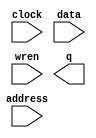
// This program was cloned from: https://github.com/furrtek/Neogeo_MiSTer_old
// License: GNU General Public License v2.0

// megafunction wizard: %RAM: 1-PORT%VBB%
// GENERATION: STANDARD
// VERSION: WM1.0
// MODULE: altsyncram 

// ============================================================
// Megafunction Name(s):
// 			altsyncram
//
// Simulation Library Files(s):
// 			altera_mf
// ============================================================
// ************************************************************
// THIS IS A WIZARD-GENERATED FILE. DO NOT EDIT THIS FILE!
//
// 18.1.0 Build 625 09/12/2018 SJ Lite Edition
// ************************************************************

//Copyright (C) 2018  Intel Corporation. All rights reserved.
//Your use of Intel Corporation's design tools, logic functions 
//and other software and tools, and its AMPP partner logic 
//functions, and any output files from any of the foregoing 
//(including device programming or simulation files), and any 
//associated documentation or information are expressly subject 
//to the terms and conditions of the Intel Program License 
//Subscription Agreement, the Intel Quartus Prime License Agreement,
//the Intel FPGA IP License Agreement, or other applicable license
//agreement, including, without limitation, that your use is for
//the sole purpose of programming logic devices manufactured by
//Intel and sold by Intel or its authorized distributors.  Please
//refer to the applicable agreement for further details.

module backup_ram (
	address,
	clock,
	data,
	wren,
	q);

	input	[14:0]  address;
	input	  clock;
	input	[7:0]  data;
	input	  wren;
	output	[7:0]  q;
`ifndef ALTERA_RESERVED_QIS
// synopsys translate_off
`endif
	tri1	  clock;
`ifndef ALTERA_RESERVED_QIS
// synopsys translate_on
`endif

endmodule

// ============================================================
// CNX file retrieval info
// ============================================================
// Retrieval info: PRIVATE: ADDRESSSTALL_A NUMERIC "0"
// Retrieval info: PRIVATE: AclrAddr NUMERIC "0"
// Retrieval info: PRIVATE: AclrByte NUMERIC "0"
// Retrieval info: PRIVATE: AclrData NUMERIC "0"
// Retrieval info: PRIVATE: AclrOutput NUMERIC "0"
// Retrieval info: PRIVATE: BYTE_ENABLE NUMERIC "0"
// Retrieval info: PRIVATE: BYTE_SIZE NUMERIC "8"
// Retrieval info: PRIVATE: BlankMemory NUMERIC "1"
// Retrieval info: PRIVATE: CLOCK_ENABLE_INPUT_A NUMERIC "0"
// Retrieval info: PRIVATE: CLOCK_ENABLE_OUTPUT_A NUMERIC "0"
// Retrieval info: PRIVATE: Clken NUMERIC "0"
// Retrieval info: PRIVATE: DataBusSeparated NUMERIC "1"
// Retrieval info: PRIVATE: IMPLEMENT_IN_LES NUMERIC "0"
// Retrieval info: PRIVATE: INIT_FILE_LAYOUT STRING "PORT_A"
// Retrieval info: PRIVATE: INIT_TO_SIM_X NUMERIC "0"
// Retrieval info: PRIVATE: INTENDED_DEVICE_FAMILY STRING "Cyclone V"
// Retrieval info: PRIVATE: JTAG_ENABLED NUMERIC "0"
// Retrieval info: PRIVATE: JTAG_ID STRING "NONE"
// Retrieval info: PRIVATE: MAXIMUM_DEPTH NUMERIC "0"
// Retrieval info: PRIVATE: MIFfilename STRING ""
// Retrieval info: PRIVATE: NUMWORDS_A NUMERIC "32768"
// Retrieval info: PRIVATE: RAM_BLOCK_TYPE NUMERIC "0"
// Retrieval info: PRIVATE: READ_DURING_WRITE_MODE_PORT_A NUMERIC "2"
// Retrieval info: PRIVATE: RegAddr NUMERIC "1"
// Retrieval info: PRIVATE: RegData NUMERIC "1"
// Retrieval info: PRIVATE: RegOutput NUMERIC "0"
// Retrieval info: PRIVATE: SYNTH_WRAPPER_GEN_POSTFIX STRING "0"
// Retrieval info: PRIVATE: SingleClock NUMERIC "1"
// Retrieval info: PRIVATE: UseDQRAM NUMERIC "1"
// Retrieval info: PRIVATE: WRCONTROL_ACLR_A NUMERIC "0"
// Retrieval info: PRIVATE: WidthAddr NUMERIC "15"
// Retrieval info: PRIVATE: WidthData NUMERIC "8"
// Retrieval info: PRIVATE: rden NUMERIC "0"
// Retrieval info: LIBRARY: altera_mf altera_mf.altera_mf_components.all
// Retrieval info: CONSTANT: CLOCK_ENABLE_INPUT_A STRING "BYPASS"
// Retrieval info: CONSTANT: CLOCK_ENABLE_OUTPUT_A STRING "BYPASS"
// Retrieval info: CONSTANT: INTENDED_DEVICE_FAMILY STRING "Cyclone V"
// Retrieval info: CONSTANT: LPM_HINT STRING "ENABLE_RUNTIME_MOD=NO"
// Retrieval info: CONSTANT: LPM_TYPE STRING "altsyncram"
// Retrieval info: CONSTANT: NUMWORDS_A NUMERIC "32768"
// Retrieval info: CONSTANT: OPERATION_MODE STRING "SINGLE_PORT"
// Retrieval info: CONSTANT: OUTDATA_ACLR_A STRING "NONE"
// Retrieval info: CONSTANT: OUTDATA_REG_A STRING "UNREGISTERED"
// Retrieval info: CONSTANT: POWER_UP_UNINITIALIZED STRING "FALSE"
// Retrieval info: CONSTANT: READ_DURING_WRITE_MODE_PORT_A STRING "DONT_CARE"
// Retrieval info: CONSTANT: WIDTHAD_A NUMERIC "15"
// Retrieval info: CONSTANT: WIDTH_A NUMERIC "8"
// Retrieval info: CONSTANT: WIDTH_BYTEENA_A NUMERIC "1"
// Retrieval info: USED_PORT: address 0 0 15 0 INPUT NODEFVAL "address[14..0]"
// Retrieval info: USED_PORT: clock 0 0 0 0 INPUT VCC "clock"
// Retrieval info: USED_PORT: data 0 0 8 0 INPUT NODEFVAL "data[7..0]"
// Retrieval info: USED_PORT: q 0 0 8 0 OUTPUT NODEFVAL "q[7..0]"
// Retrieval info: USED_PORT: wren 0 0 0 0 INPUT NODEFVAL "wren"
// Retrieval info: CONNECT: @address_a 0 0 15 0 address 0 0 15 0
// Retrieval info: CONNECT: @clock0 0 0 0 0 clock 0 0 0 0
// Retrieval info: CONNECT: @data_a 0 0 8 0 data 0 0 8 0
// Retrieval info: CONNECT: @wren_a 0 0 0 0 wren 0 0 0 0
// Retrieval info: CONNECT: q 0 0 8 0 @q_a 0 0 8 0
// Retrieval info: GEN_FILE: TYPE_NORMAL backup_ram.v TRUE
// Retrieval info: GEN_FILE: TYPE_NORMAL backup_ram.inc FALSE
// Retrieval info: GEN_FILE: TYPE_NORMAL backup_ram.cmp FALSE
// Retrieval info: GEN_FILE: TYPE_NORMAL backup_ram.bsf FALSE
// Retrieval info: GEN_FILE: TYPE_NORMAL backup_ram_inst.v FALSE
// Retrieval info: GEN_FILE: TYPE_NORMAL backup_ram_bb.v TRUE
// Retrieval info: LIB_FILE: altera_mf